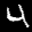
Label: 4